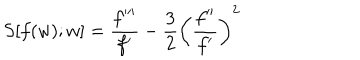
S [ f ( w ) ; w ] = \frac { f ^ { \prime \prime \prime } } { f ^ { \prime } } - \frac 3 2 \left( \frac { f ^ { \prime \prime } } { f ^ { \prime } } \right) ^ { 2 }